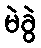
မဲခွဲ